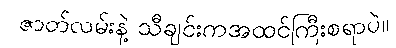
ဇာတ်လမ်းနဲ့ သီချင်းကအထင်ကြီးစရာပဲ။